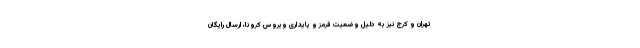
تهران و کرج نیز به دلیل وضعیت قرمز و پایداری ویروس کرونا، ارسال رایگان